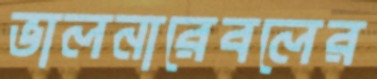
ভালনারেবলের